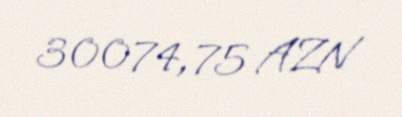
30074,75 AZN